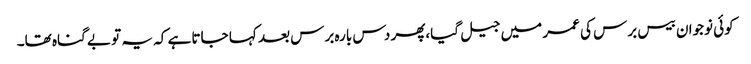
کوئی نوجوان بیس برس کی عمر میں جیل گیا،پھر دس بارہ برس بعد کہا جاتا ہے کہ یہ تو بے گناہ تھا۔